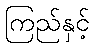
ကြည်နှင့်